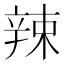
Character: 辣